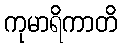
ကုမာရိကာတိ